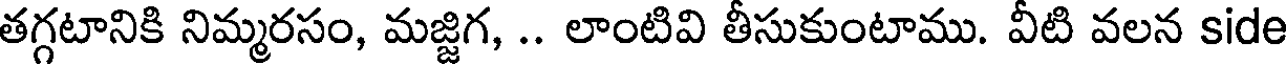
తగ్గటానికి నిమ్మరసం, మజ్జిగ, .. లాంటివి తీసుకుంటాము. వీటి వలన side